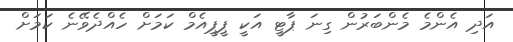
އަދި އެންމެ މެންބަރުން ގިނަ ޕާޓީ އަކީ ޕީޕީއެމް ކަމަށް ހެއްދެވޭނެ ކަމަށް